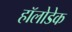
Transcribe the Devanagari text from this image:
हॉलोडेक